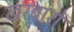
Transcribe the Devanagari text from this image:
खरबारों